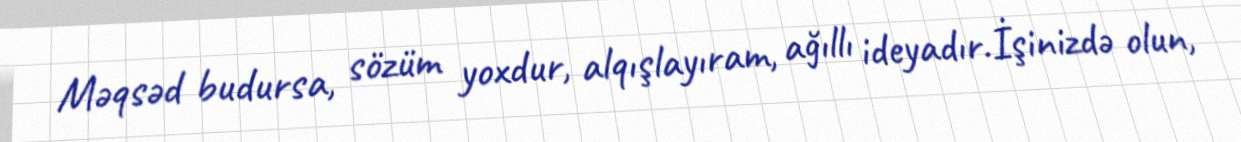
Məqsəd budursa, sözüm yoxdur, alqışlayıram, ağıllı ideyadır.İşinizdə olun,